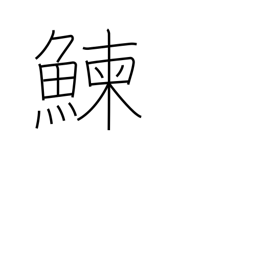
Meaning: herring